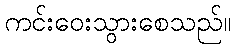
ကင်းဝေးသွားစေသည်။